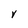
Character: Y